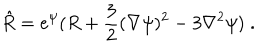
\hat { R } = e ^ { \psi } ( R + \frac { 3 } { 2 } ( \nabla \psi ) ^ { 2 } - 3 \nabla ^ { 2 } \psi ) \; .